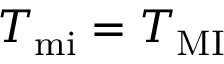
T _ { \mathrm { m i } } = T _ { \mathrm { M I } }